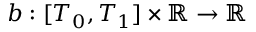
b : [ T _ { 0 } , T _ { 1 } ] \times \mathbb { R } \rightarrow \mathbb { R }